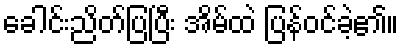
ခေါင်းညိတ်ပြပြီး အိမ်ထဲ ပြန်ဝင်ခဲ့၏။